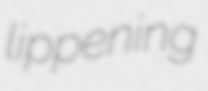
lippening